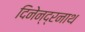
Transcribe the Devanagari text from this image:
दिनेन्द्रनाथ